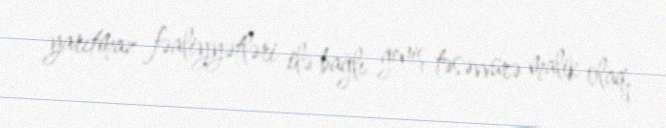
yarıtmaz fəaliyyətləri ilə bağlı geniş təsəvvürə malik olaq.